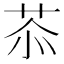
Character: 𦮕